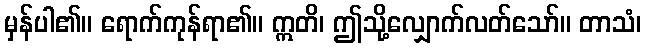
မှန်ပါ၏။ ရောက်ကုန်ရာ၏။ ဣတိ၊ ဤသို့လျှောက်လတ်သော်။ တာသံ၊